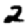
Digit: 2